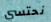
نحتسي